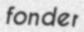
fonder